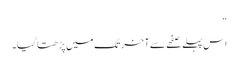
“
اس پہلے صفحے سے آخر تک میں پڑھتا گیا۔